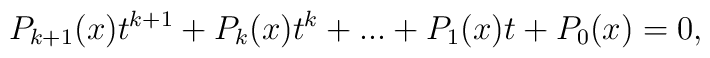
P_{k+1}(x) t^{k+1}+P_{k}(x) t^{k}+... +P_{1}(x) t + P_{0}(x)=0,